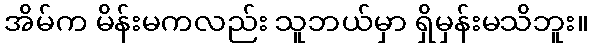
အိမ်က မိန်းမကလည်း သူဘယ်မှာ ရှိမှန်းမသိဘူး။